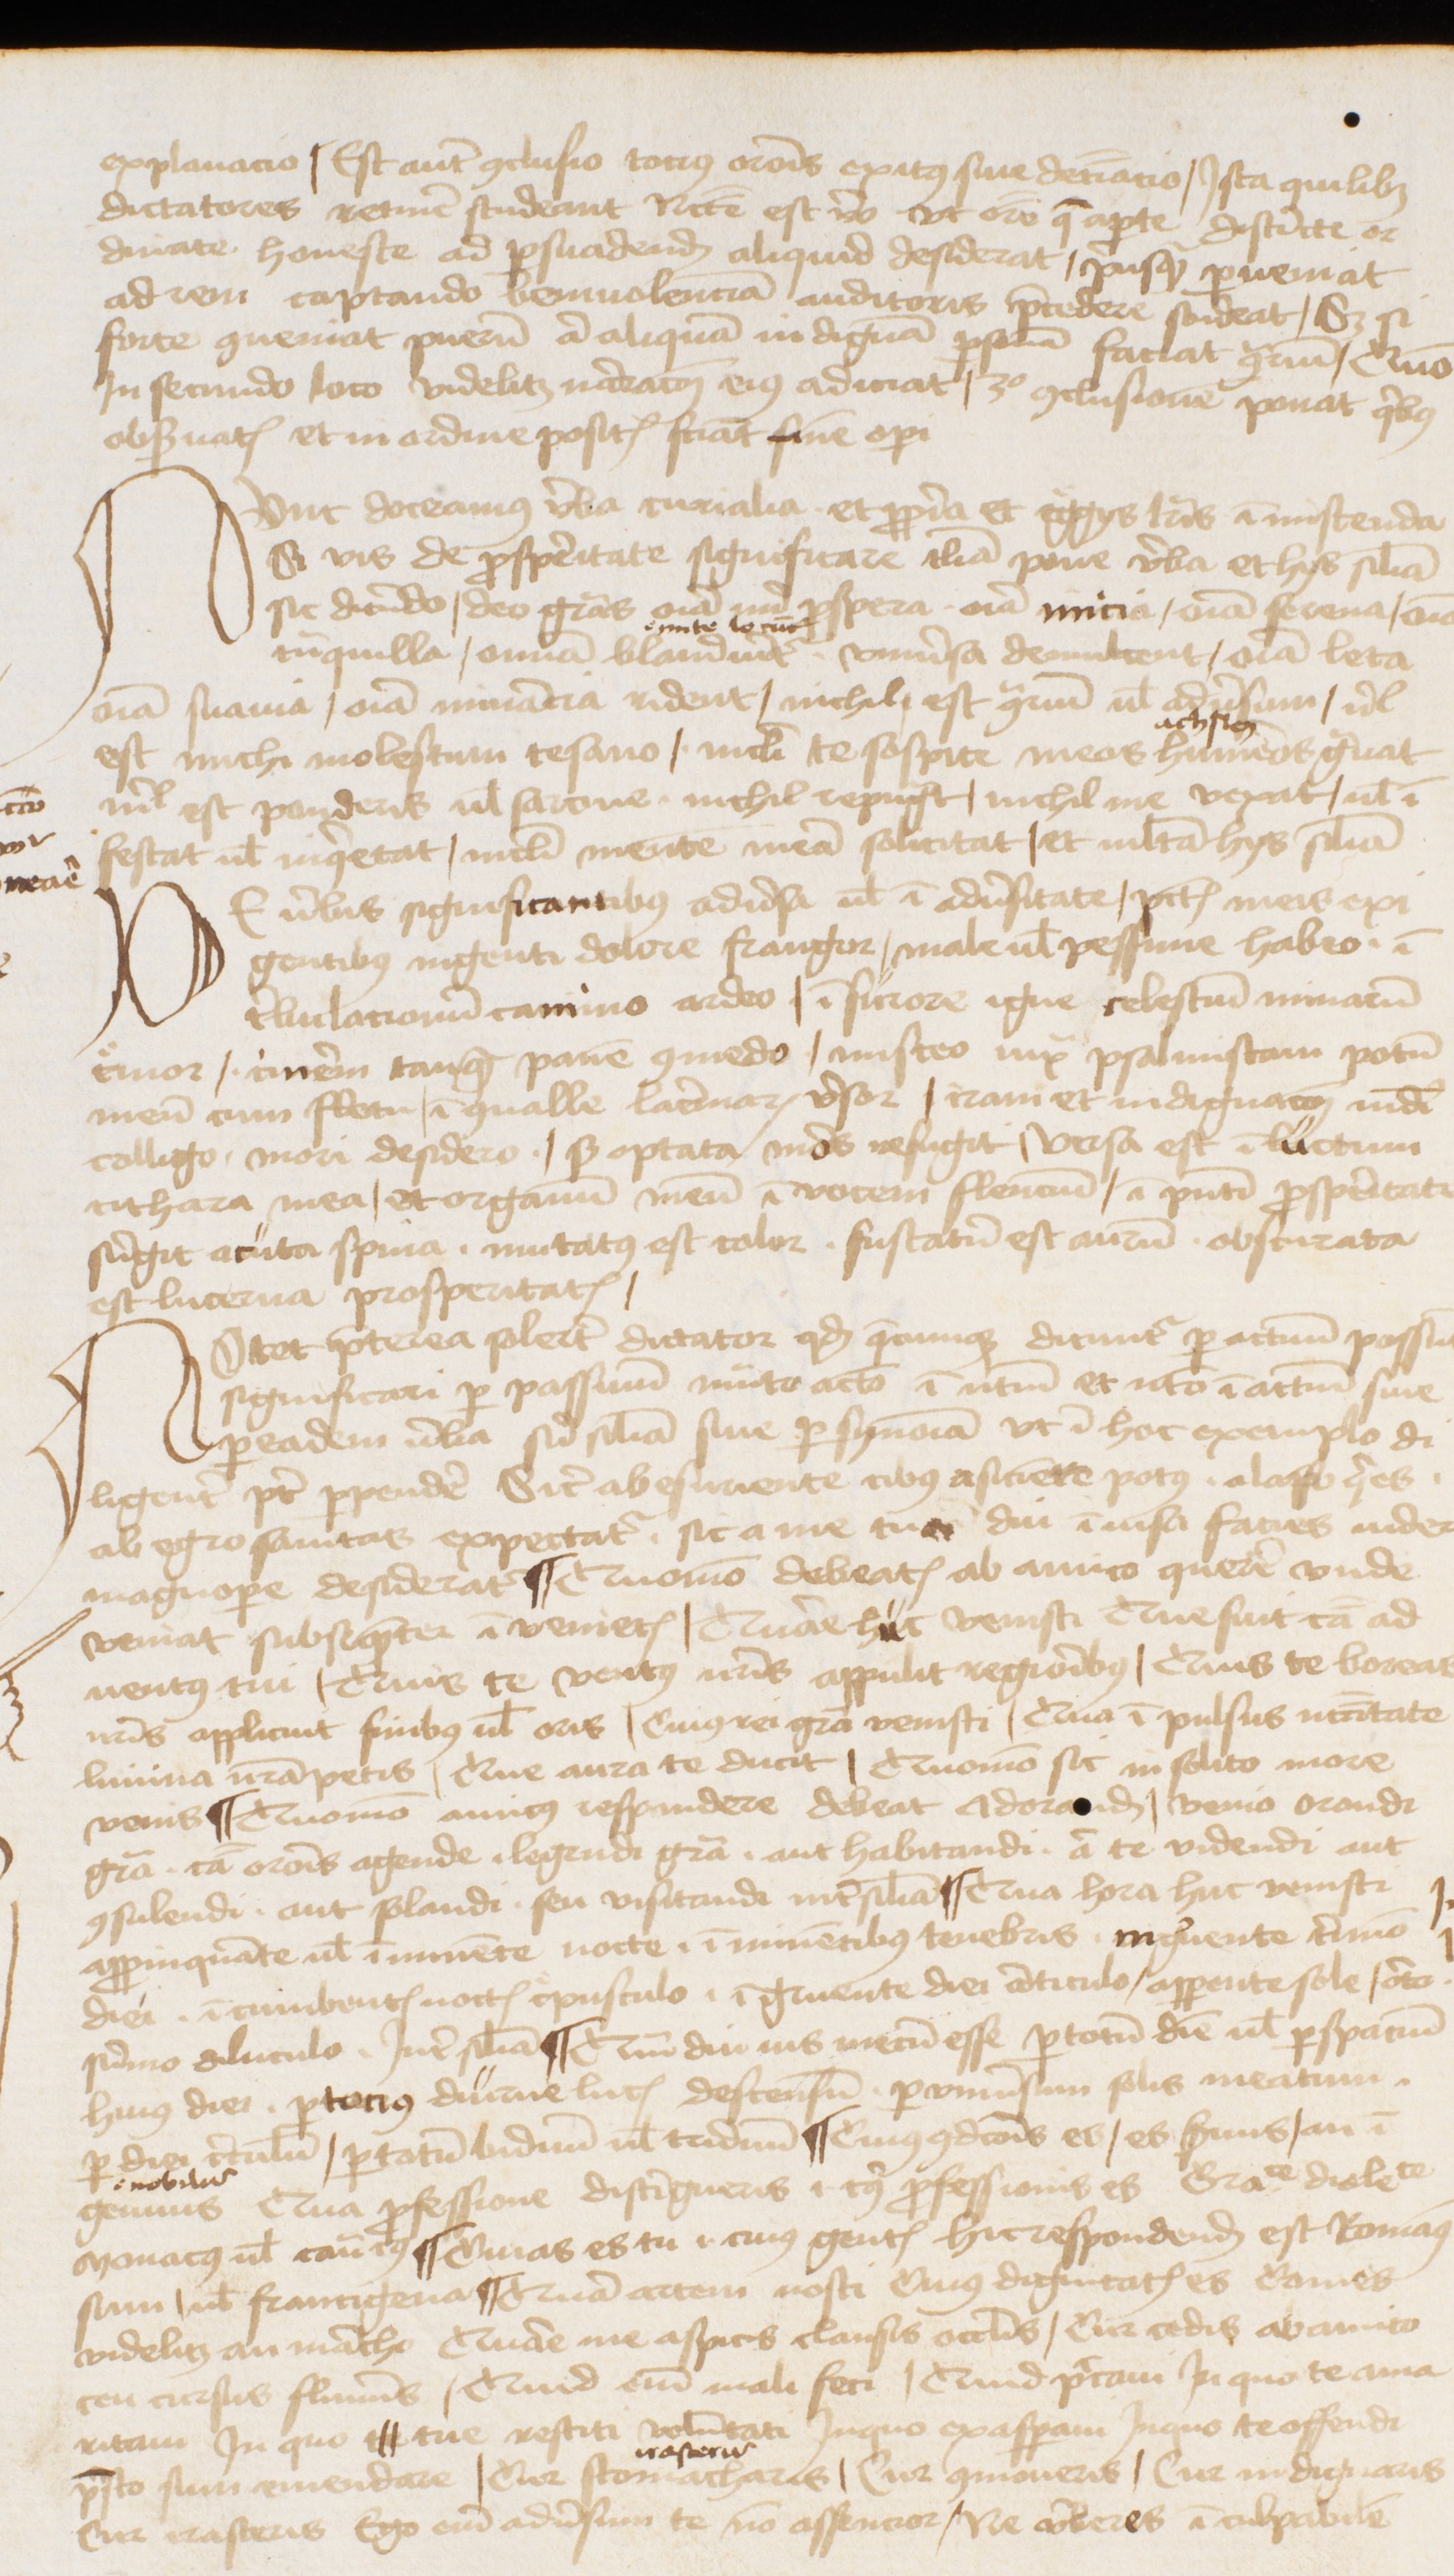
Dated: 1470–1472